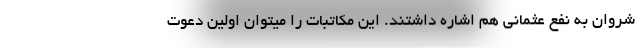
شروان به نفع عثمانی هم اشاره داشتند. این مکاتبات را میتوان اولین دعوت